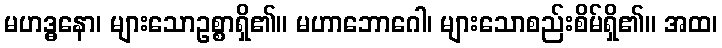
မဟဒ္ဓနော၊ များသောဥစ္စာရှိ၏။ မဟာဘောဂေါ၊ များသောစည်းစိမ်ရှိ၏။ အထ၊